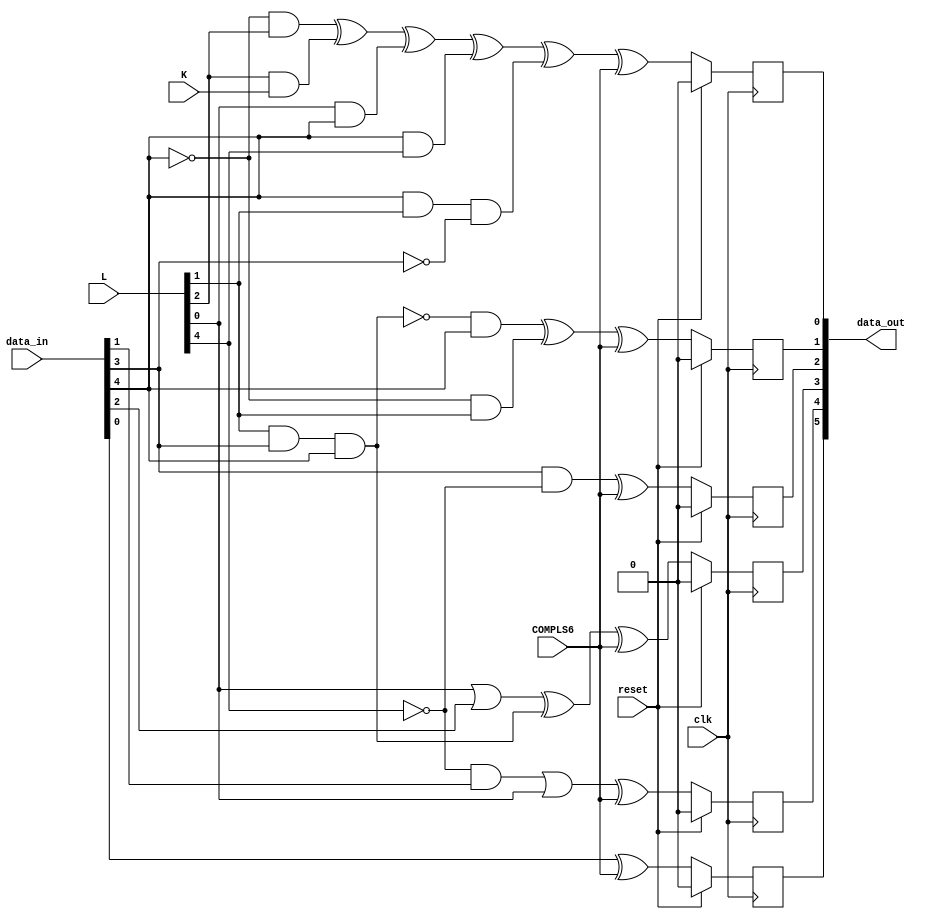
module fcn5b6b(
    input clk,  
    input reset,
    input [4:0] data_in,
    input [4:0] L,
    input K,
    input COMPLS6,
    output [5:0] data_out
    );
    wire A, B, C, D, E;
    assign {E, D, C, B, A} = data_in;
    wire L40, L31, L22, L13, L04;
    assign {L40, L31, L22, L13, L04} = L;
    reg a, b, c, d, e, i;
    /* Transformation of 5 input bits ABCDE into the 6 abcdei */
    always @(posedge clk)
    begin    
        if (reset) begin
            a <= 0;
            b <= 0;
            c <= 0;
            d <= 0;
            e <= 0;
            i <= 0;
        end else begin
            a <= A ^ COMPLS6; 
            b <= ((~L40 & B) | L04) ^ COMPLS6;
            c <= (L04 | C) ^ (L13 & D & E) ^ COMPLS6; 
            d <= (D & ~L40) ^ COMPLS6;
            e <= (~(L13 & D & E) & E) ^ (~E & L13) ^ COMPLS6; 
            i <= (~E & L22) ^ (L22 & K) ^ (L04 & E) ^ (E & L40) ^ (E & L13 & ~D) ^ COMPLS6;
        end
    end
    assign data_out = {a, b, c, d, e, i};
    
endmodule